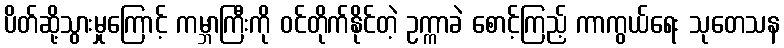
ပိတ်ဆို့သွားမှုကြောင့် ကမ္ဘာကြီးကို ဝင်တိုက်နိုင်တဲ့ ဥက္ကာခဲ စောင့်ကြည့် ကာကွယ်ရေး သုတေသန